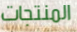
المنتجات